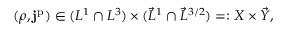
( \rho , \mathbf { j } ^ { \mathrm { p } } ) \in ( L ^ { 1 } \cap L ^ { 3 } ) \times ( \vec { L } ^ { 1 } \cap \vec { L } ^ { 3 / 2 } ) = : X \times \vec { Y } ,